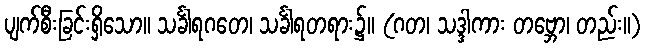
ပျက်စီးခြင်းရှိသော။ သင်္ခါရဂတေ၊ သင်္ခါရတရား၌။ (ဂတ၊ သဒ္ဒါကား တဗ္ဘော၊ တည်း။)